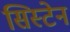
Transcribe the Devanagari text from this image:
सिस्टेन